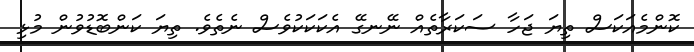
ކޮންމެއަކަސް ތިޔަ ޖަހާ ސަކަރާތެއް ނޭނގޭ އެކަކަކުވެސް ނެތެވެ. ތިޔަ ކަންބޮޑުވުން މުޅި